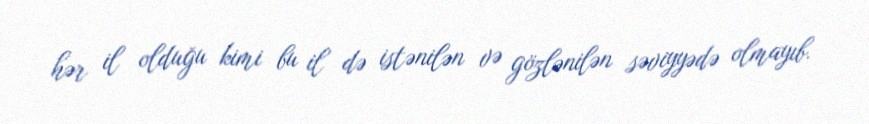
hər il olduğu kimi bu il də istənilən və gözlənilən səviyyədə olmayıb.